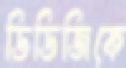
ডিডিজিকে